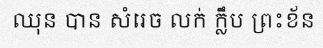
ឈុន បាន សំរេច លក់ ក្លឹប ព្រះខ័ន